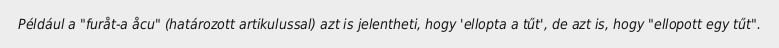
Például a "furåt-a åcu" (határozott artikulussal) azt is jelentheti, hogy 'ellopta a tűt', de azt is, hogy "ellopott egy tűt".